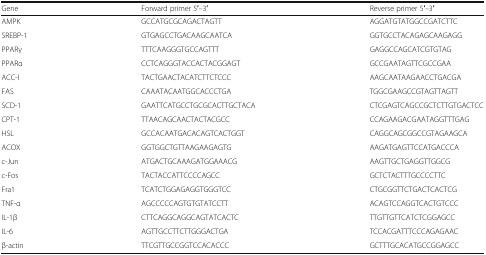
| Gene | Forward primer 5′–3′ | Reverse primer 5′–3′ |
 | --- | --- | --- |
 | AMPK | GCCATGCGCAGACTAGTT | AGGATGTATGGCCGATCTTC |
 | SREBP-1 | GTGAGCCTGACAAGCAATCA | GGTGCCTACAGAGCAAGAGG |
 | PPARγ | TTTCAAGGGTGCCAGTTT | GAGGCCAGCATCGTGTAG |
 | PPARα | CCTCAGGGTACCACTACGGAGT | GCCGAATAGTTCGCCGAA |
 | ACC-l | TACTGAACTACATCTTCTCCC | AAGCAATAAGAACCTGACGA |
 | FAS | CAAATACAATGGCACCCTGA | TGGCGAAGCCGTAGTTAGTT |
 | SCD-1 | GAATTCATGCCTGCGCACTTGCTACA | CTCGAGTCAGCCGCTCTTGTGACTCC |
 | CPT-1 | TTAACAGCAACTACTACGCC | CCAGAAGACGAATAGGTTTGAG |
 | HSL | GCCACAATGACACAGTCACTGGT | CAGGCAGCGGCCGTAGAAGCA |
 | ACOX | GGTGGCTGTTAAGAAGAGTG | AAGATGAGTTCCATGACCCA |
 | c-Jun | ATGACTGCAAAGATGGAAACG | AAGTTGCTGAGGTTGGCG |
 | c-Fos | TACTACCATTCCCCAGCC | GCTCTACTTTGCCCCTTC |
 | Fra1 | TCATCTGGAGAGGTGGGTCC | CTGCGGTTCTGACTCACTCG |
 | TNF-α | AGCCCCCAGTGTGTATCCTT | ACAGTCCAGGTCACTGTCCC |
 | IL-1β | CTTCAGGCAGGCAGTATCACTC | TTGTTGTTCATCTCGGAGCC |
 | IL-6 | AGTTGCCTTCTTGGGACTGA | TCCACGATTTCCCAGAGAAC |
 | β-actin | TTCGTTGCCGGTCCACACCC | GCTTTGCACATGCCGGAGCC |